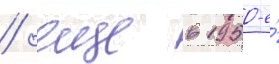
/ еще в 1950-е́